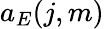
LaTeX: a_{E}(j,m)